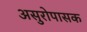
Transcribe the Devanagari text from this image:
असुरोपासक